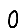
Digit: 0